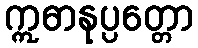
ဣဓာနုပ္ပတ္တော